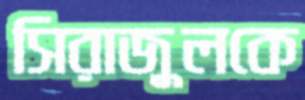
সিরাজুলকে